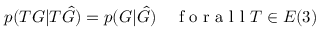
p ( T G | T \hat { G } ) = p ( G | \hat { G } ) \quad \mathrm { ~ f ~ o ~ r ~ a ~ l ~ l ~ } T \in E ( 3 )